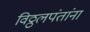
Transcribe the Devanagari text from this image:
विठ्ठलपंतांना